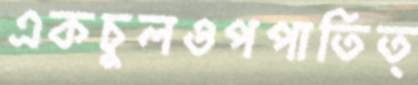
একচুলওপপাতিত্